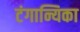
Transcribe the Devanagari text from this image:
टंगान्यिका